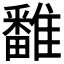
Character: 𩀷